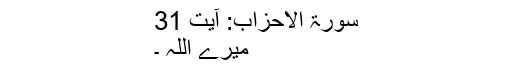
سورۃ الاحزاب: آیت 31
میرے اللہ ۔